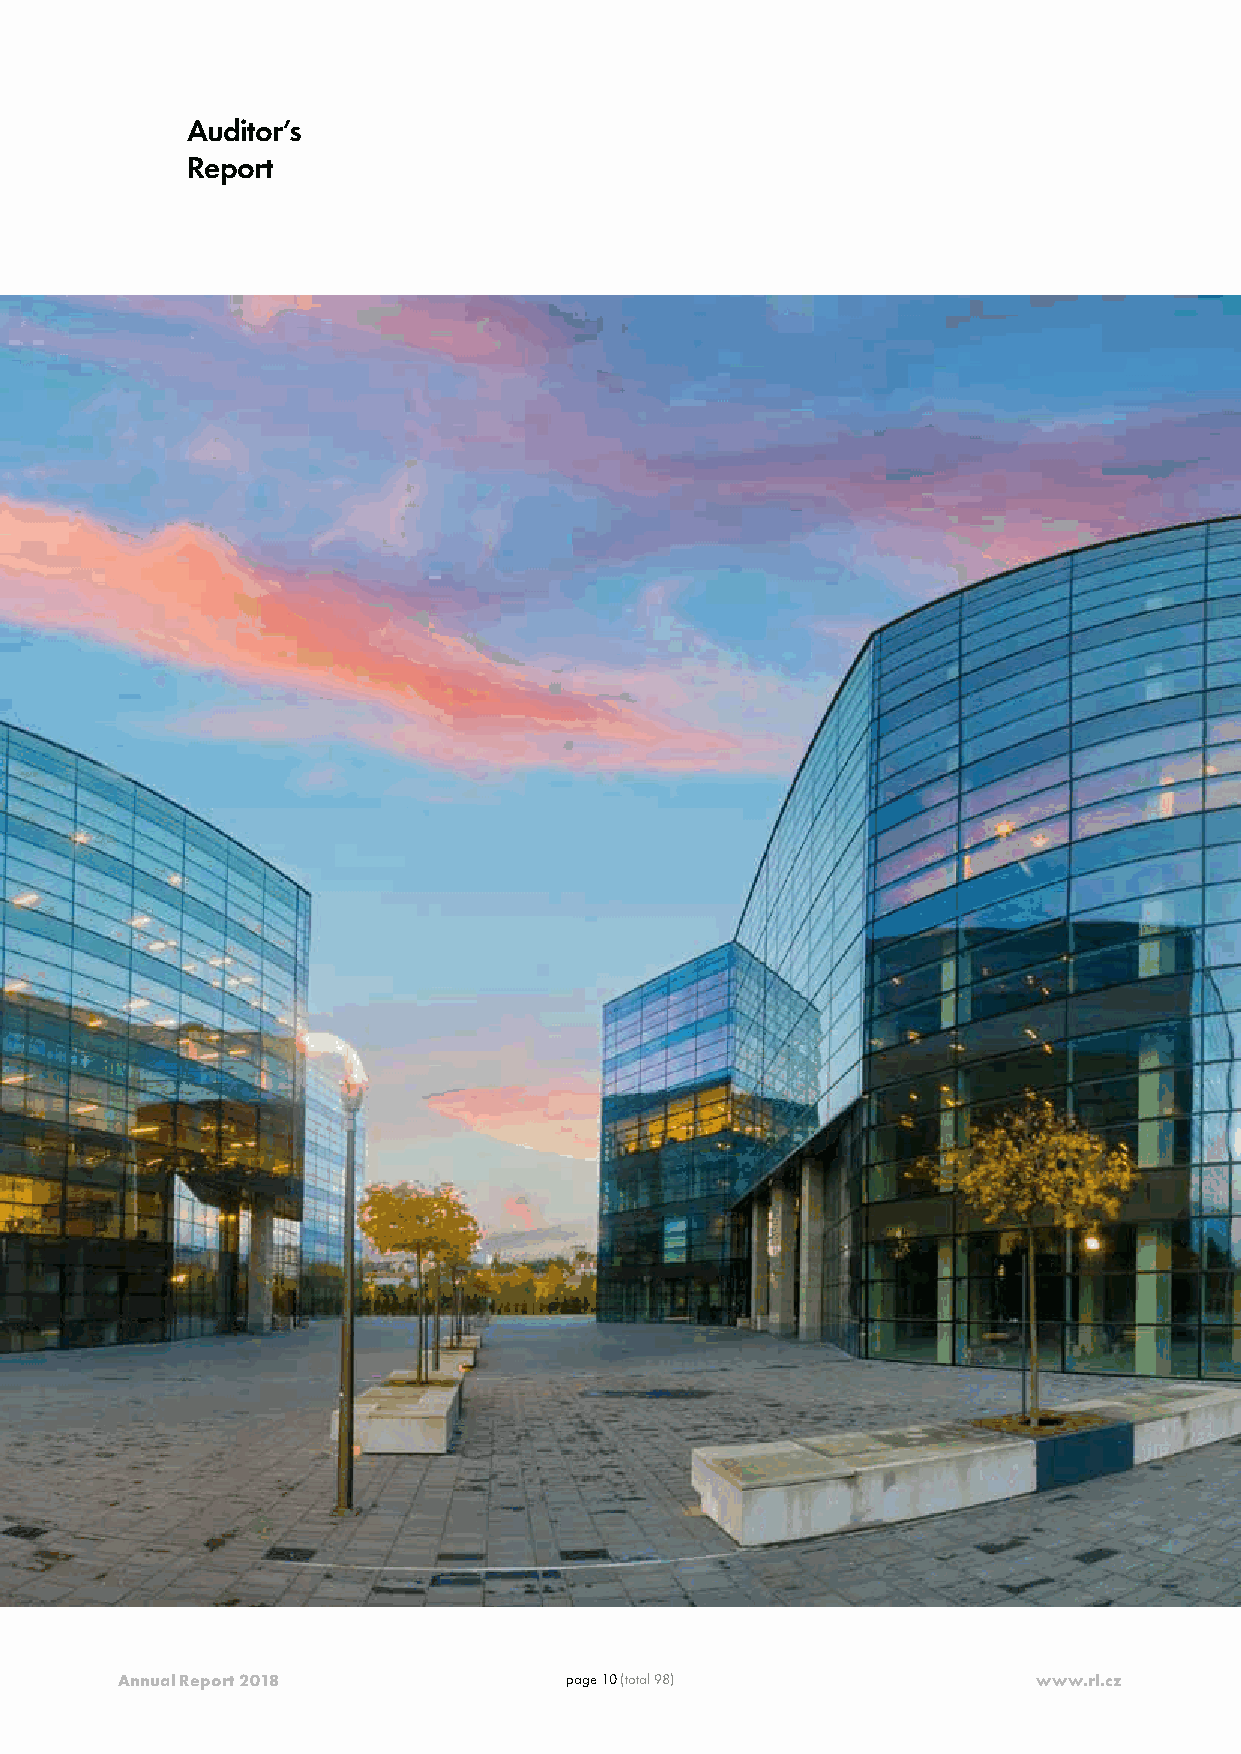
Raiffeisen - Leasing, s.r.o. - Notes to the Separate Financial Statements as at 31 December 2018
 Auditor’s
 Report
 Annual Report 2018           page 10 (total 98)              www.rl.cz